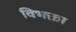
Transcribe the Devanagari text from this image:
विभक्ता